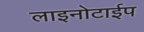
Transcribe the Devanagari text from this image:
लाइनोटाईप